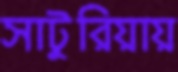
সাটুরিয়ায়